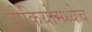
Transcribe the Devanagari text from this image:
टोकियोमध्येच